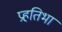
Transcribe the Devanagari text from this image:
प्रहतिभा